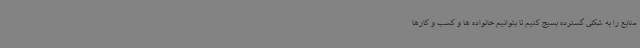
منابع را به شکلی گسترده بسیج کنیم تا بتوانیم خانواده ها و کسب و کارها